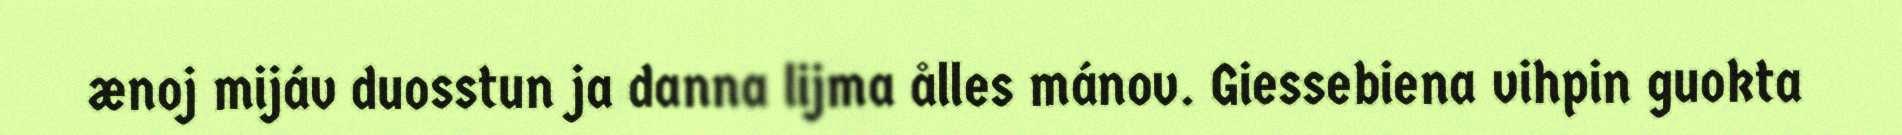
ænoj mijáv duosstun ja danna lijma ålles mánov. Giessebiena vihpin guokta